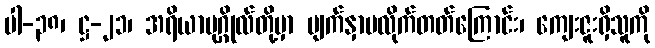
ပါ-၃၈၊ ဋ္ဌ-၂၁၊ အရိယာပုဂ္ဂိုလ်တို့မှာ မျက်နှာမလိုက်တတ်ကြောင်း၊ ကျေးဇူးရှိသူကို